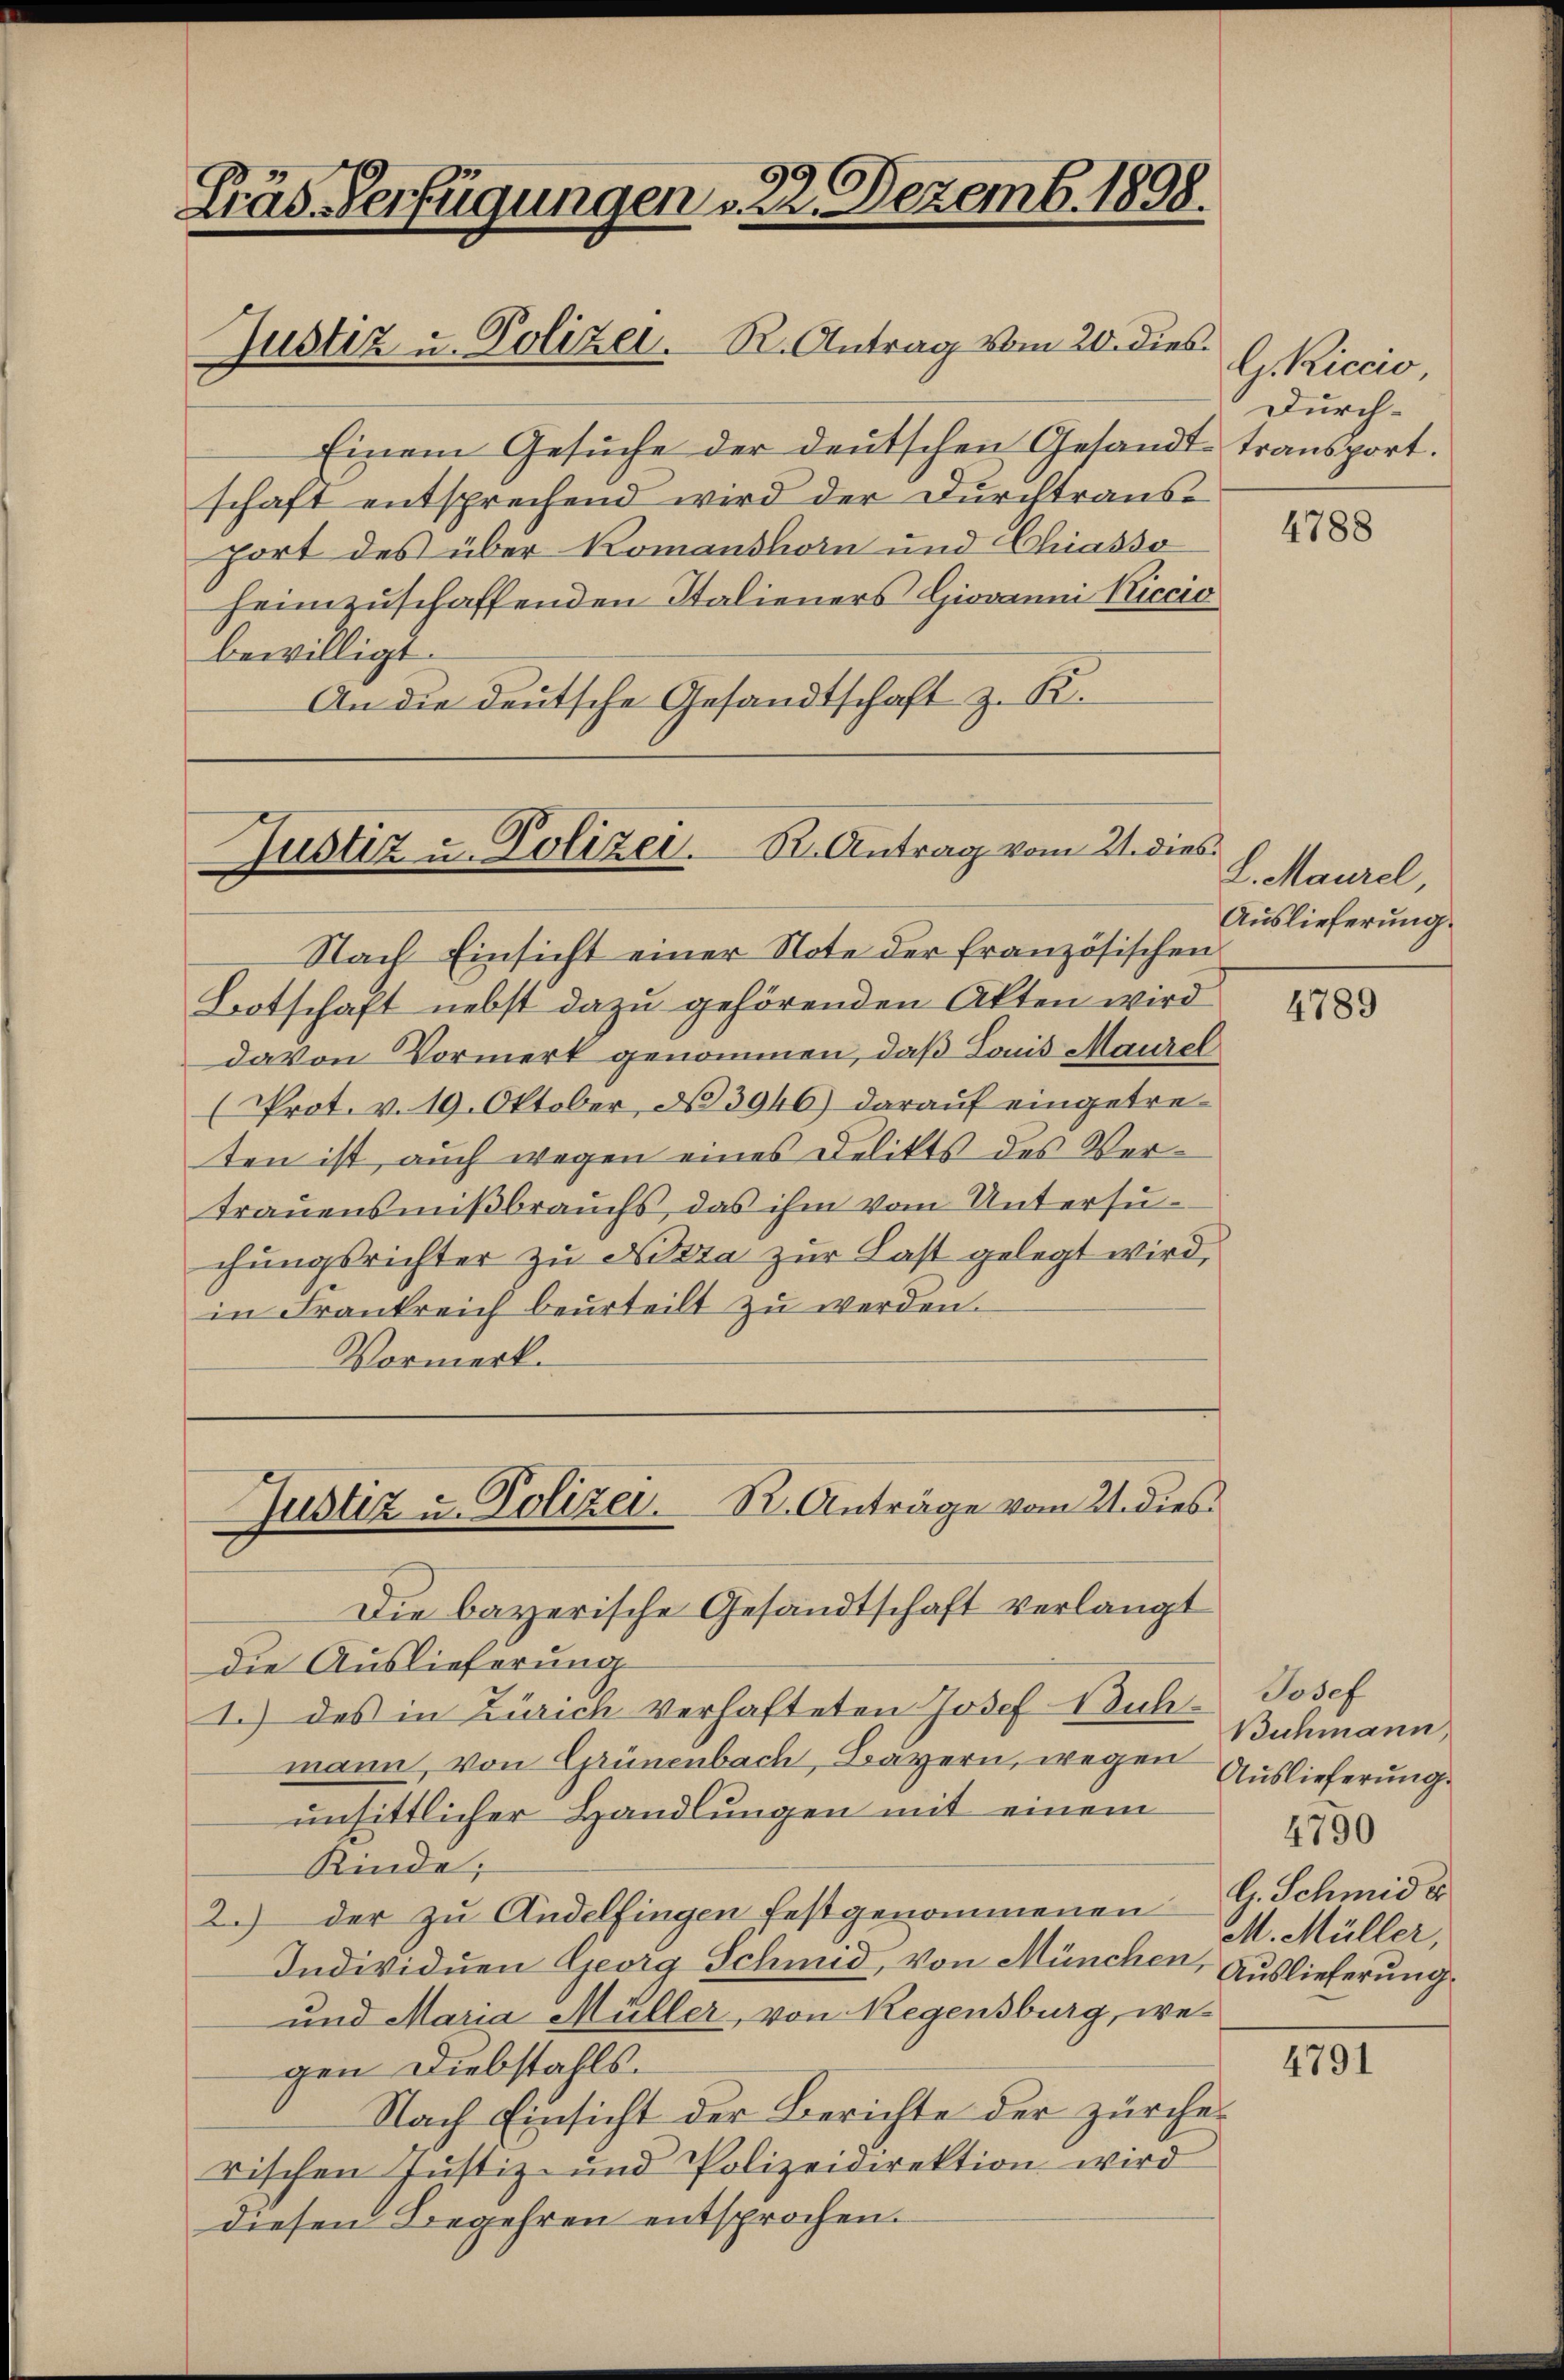
Präs. Verfügungen u. 22. Dezemb. 1808.

Justiz u. Polizei. R. Antrag vom 20. dies

Nach Einsicht einer Note der französischen
Botschaft nebst dazu gehörenden Akten wird
davon Vormerk genommen, daß Louis Maurel
(Prot. v. 19. Oktober, d. 3946) darauf eingetreten ist, auch wegen eines Delikts des Vertrauensmißbrauchs, das ihm vom Untersuchungsrichter zu Nizza zur Last gelegt wird,
in Frankreich beurteilt zŭ werden.
Vormerk.

Justiz u. Polizei. B. Antrag vom 21. dies

Justiz u. Polizei. R. Anträge vom Uidies¬

Einem Gesŭche der deutschen Gesandt-transport.
schaft entsprechend wird der Durchtrausport des über Komanshorn und Chiasso
heimzuschaffenden Italieners Giovanni Kiccio
bewilligt.
An die deutsche Gesandtschaft z. R.

Die bayerische Gesandtschaft verlangt
die Auslieferung
1.) des in Zürich verhafteten Josef Buch- Josef
mann, von Grünenbach, Bayern, wegen
unsittlicher Handlungen mit einem
Kinde;
2.) der zu Andelfingen festgenommenen G. Schmid er
Individuen Georg Schmid, von München, Auslieferung
und Maria Müller, von Regensburg, wegen Diebstahls.
Nach Einsicht der Berichte der zürcherischen Justiz- und Polizeidirektion wird
diesen Begehren entsprochen.

G.Riccio
Durch¬

4788

L. Maurel
Auslieferung

4789

Buchmann,
Auslieferung.
4790
M. Müller,

4791